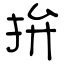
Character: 拚